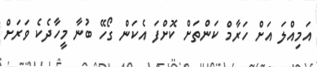
އަމިއްލަ އަށް ހަރާމް ކަންތަށް ކޮށްފަ އެކަން ގޯހޭ ބުނާ މީހާދެކެ ވަރަށް